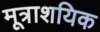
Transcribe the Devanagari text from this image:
मूत्राशयिक